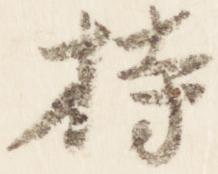
持